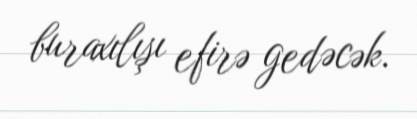
buraxılışı efirə gedəcək.